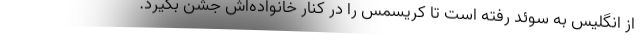
از انگلیس به سوئد رفته است تا کریسمس را در کنار خانواده‌اش جشن بگیرد.